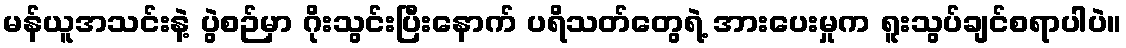
မန်ယူအသင်းနဲ့ ပွဲစဉ်မှာ ဂိုးသွင်းပြီးနောက် ပရိသတ်တွေရဲ့ အားပေးမှုက ရူးသွပ်ချင်စရာပါပဲ။